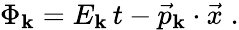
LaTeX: \Phi_{\mathbf{k}}=E_{\mathbf{k}}\, t-\vec{{p}}_{\mathbf{k}}\cdot\vec{{x}}\; .